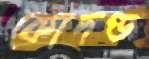
কোদণ্ড